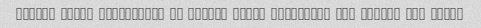
Khodro shokr keyfiatesh in kheili khobe omidvaram dar ayande bad nashe